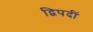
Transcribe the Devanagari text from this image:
द्विपदीं